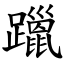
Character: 躐